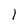
Character: 1